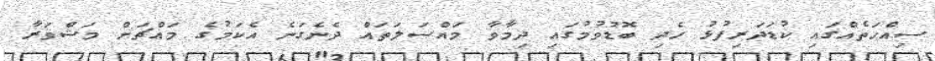
ސިއްހަތެއްގައި ކުޑަދަރިފުޅު ހެދި ބޮޑުވުމުގައި ދިމާވާ މައްސަލަތައް ދެނެގަނެ އެކަމުގެ މައްޗަށް މަޝްވަރާ